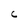
Character: C